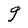
Character: g